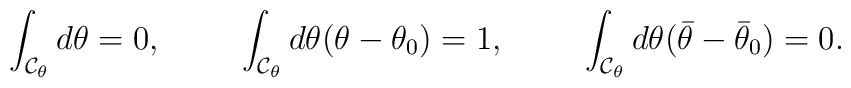
\int_{{\cal C}_{\theta}}d\theta = 0,\hspace{1cm}\int_{{\cal C}_{\theta}}d\theta(\theta-\theta_{0}) = 1,\hspace{1cm}\int_{{\cal C}_{\theta}}d\theta(\bar\theta-\bar\theta_{0}) = 0.